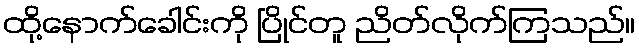
ထို့နောက်ခေါင်းကို ပြိုင်တူ ညိတ်လိုက်ကြသည်။